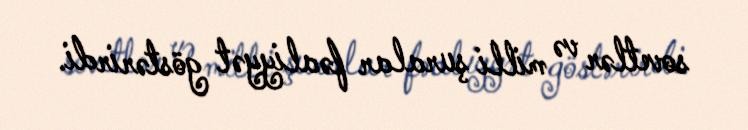
sovetlər və milli şuralar fəaliyyət göstərirdi.